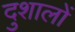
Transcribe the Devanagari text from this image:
दुशालों